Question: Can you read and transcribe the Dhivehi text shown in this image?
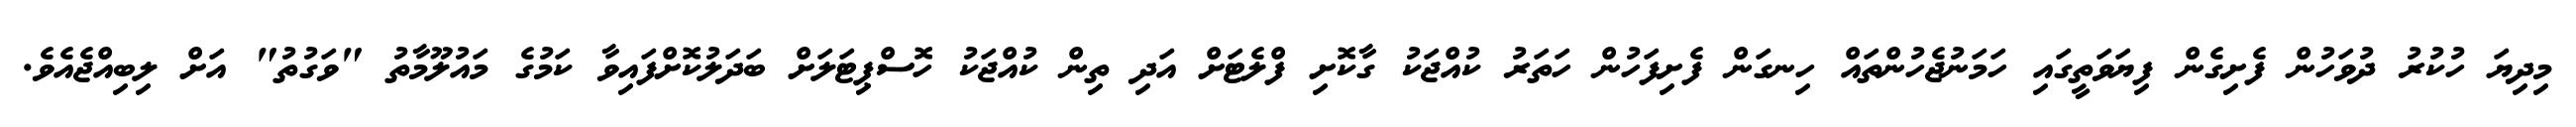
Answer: މިދިޔަ ހުކުރު ދުވަހުން ފެށިގެން ފިޔަވަތީގައި ހަމަނުޖެހުންތައް ހިނގަން ފެށިފަހުން ހަތަރު ކުއްޖަކު ގާކޮށި ފްލެޓަށް އަދި ތިން ކުއްޖަކު ހޮސްޕިޓަލަށް ބަދަލުކޮށްފައިވާ ކަމުގެ މައުލޫމާތު "ވަގުތު" އަށް ލިބިއްޖެއެވެ.